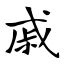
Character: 戚